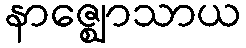
နာဇ္ဈောသာယ